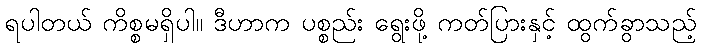
ရပါတယ် ကိစ္စမရှိပါ။ ဒီဟာက ပစ္စည်း ရွေးဖို့ ကတ်ပြားနှင့် ထွက်ခွာသည့်